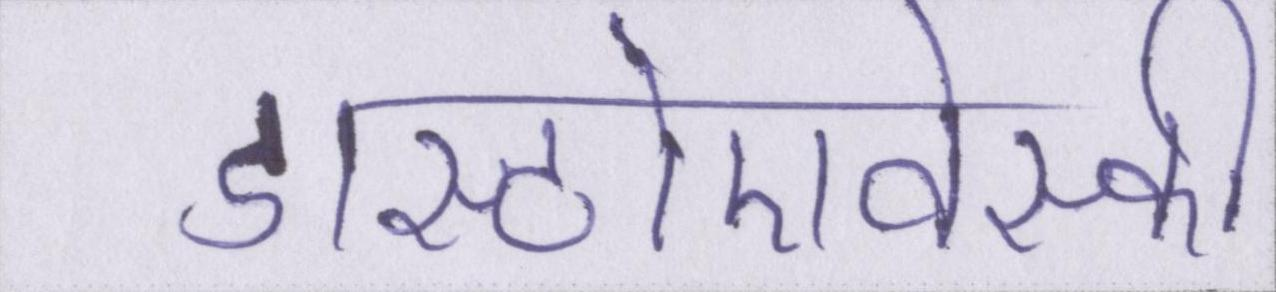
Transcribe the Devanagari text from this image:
डास्टोएवेस्की